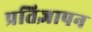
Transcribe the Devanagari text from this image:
प्रतिज्ञापन